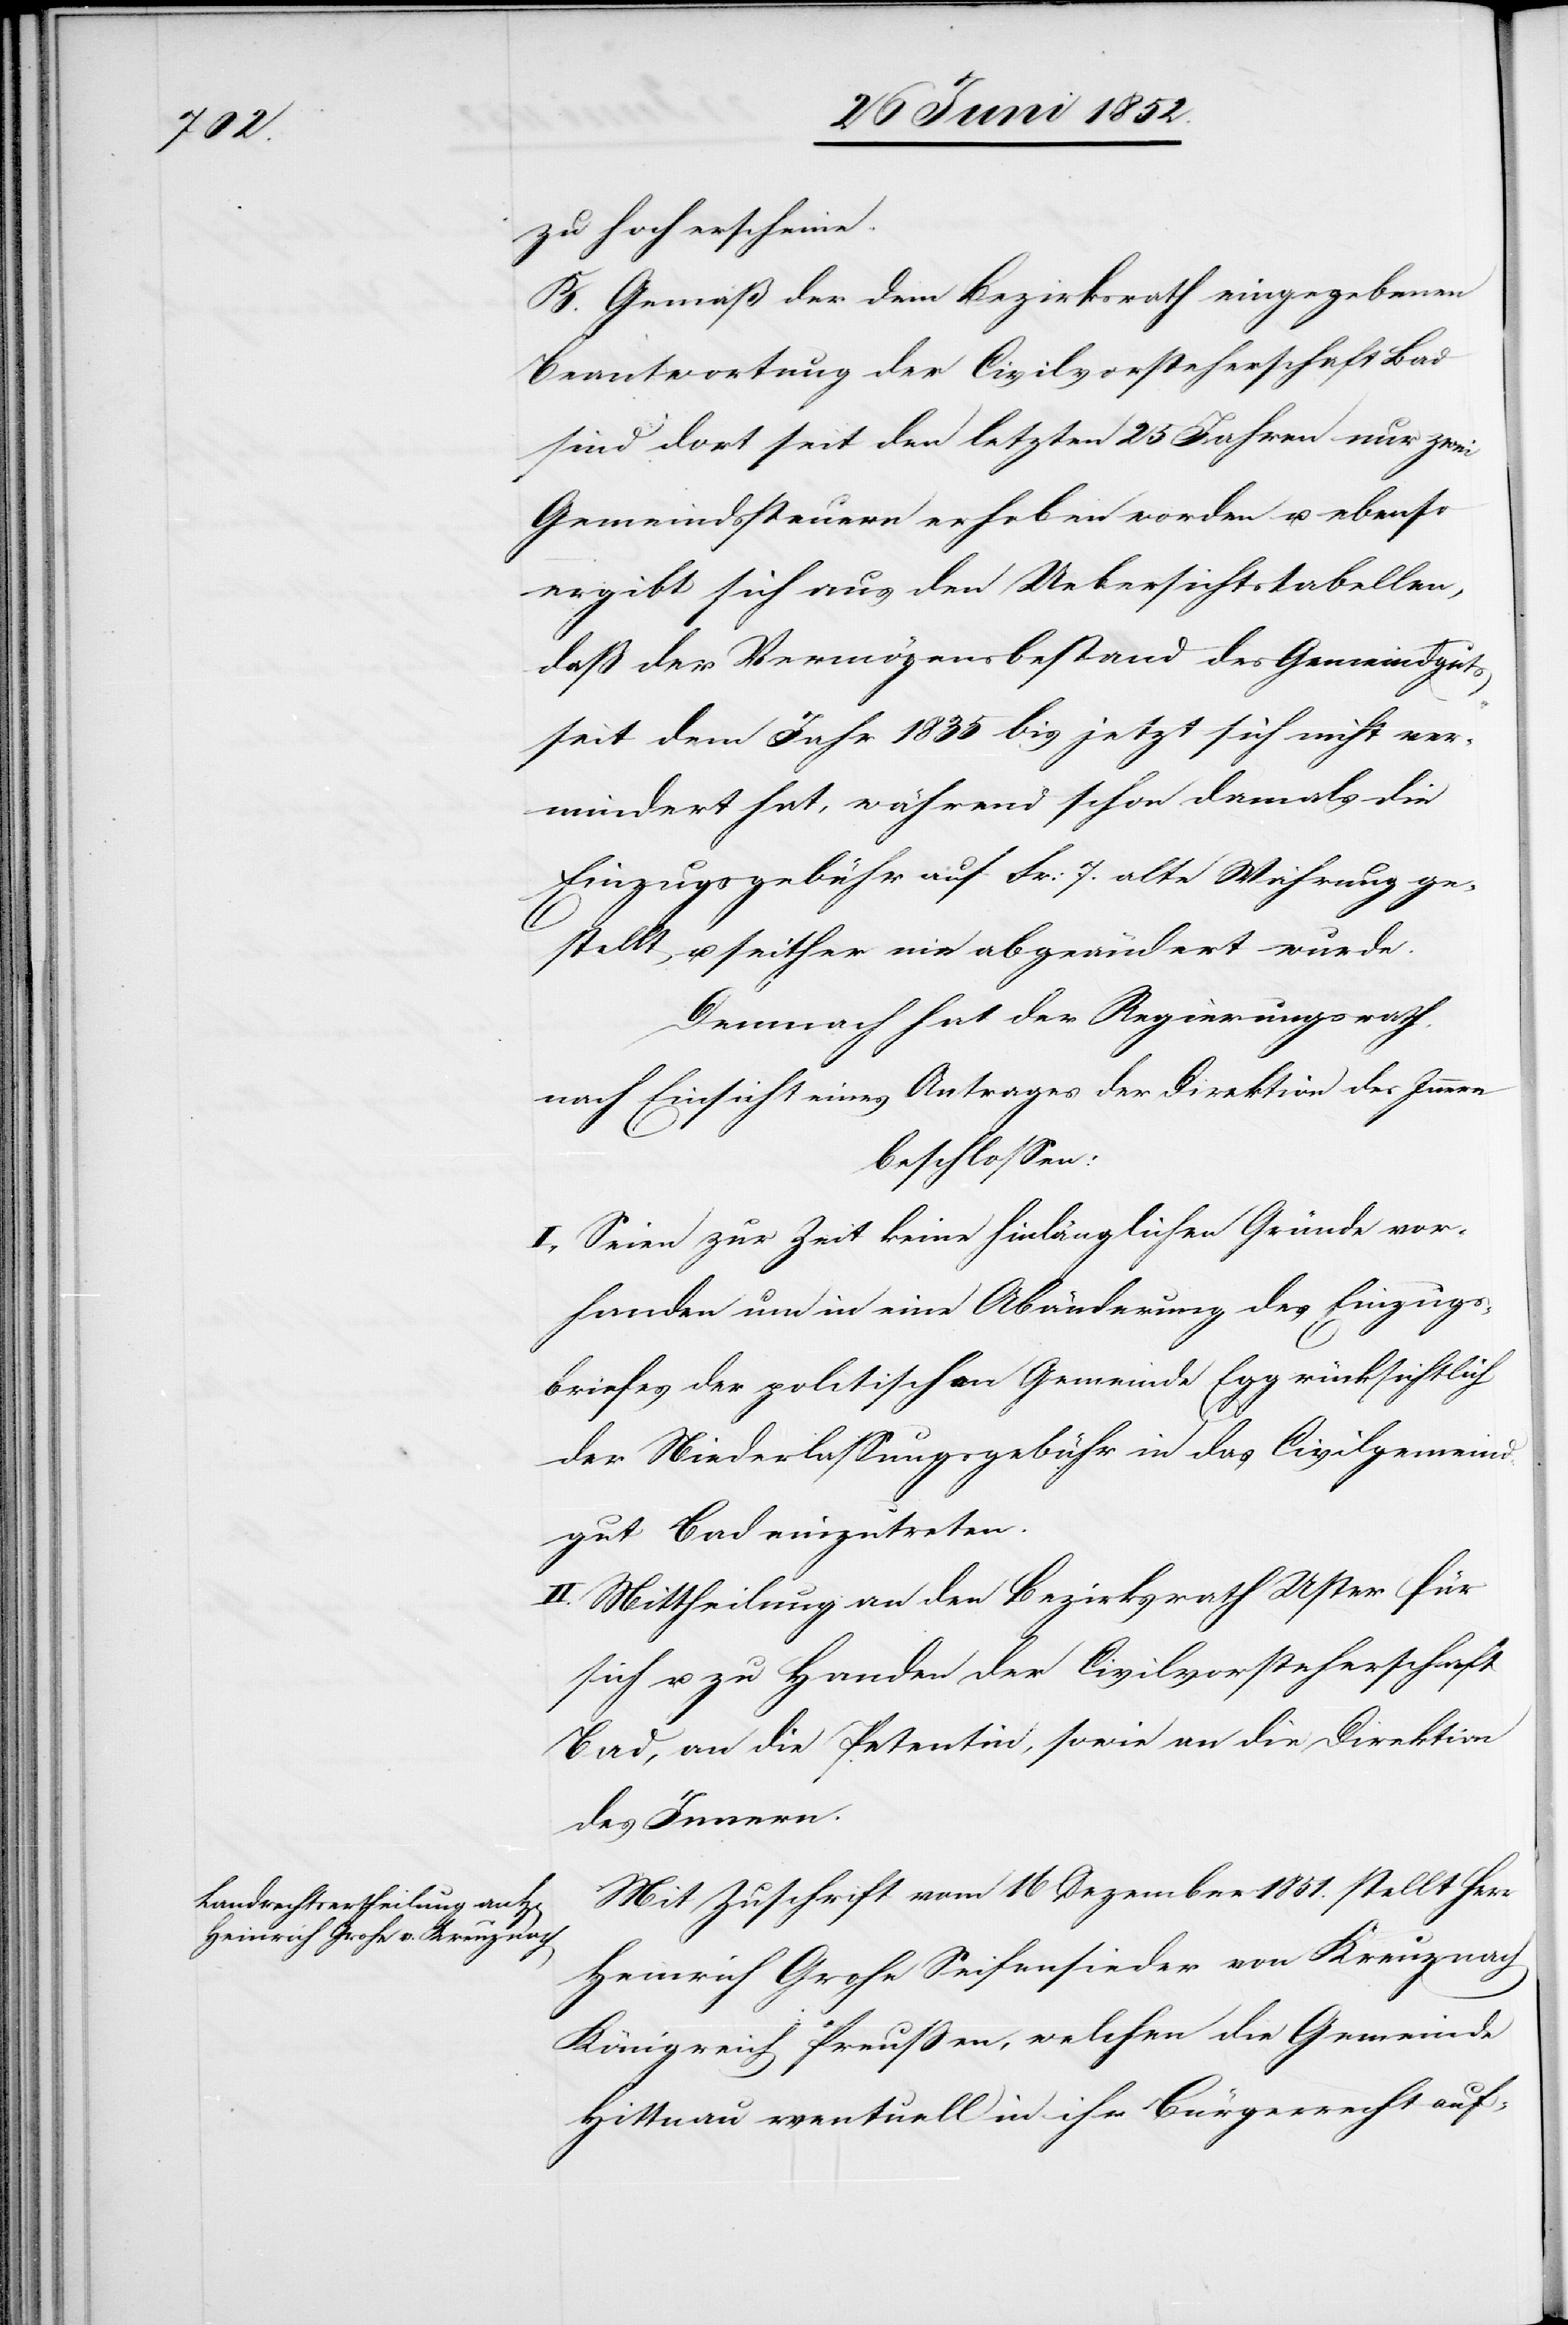
zu hoch erscheine.
B. Gemäß der dem Bezirksrath eingegebenen
Beantwortung der Civilvorsteherschaft Bad
sind dort seit den letzten 25 Jahren nur zwei
Gemeindssteuern erhoben worden u. ebenso
ergibt sich aus den Uebersichtstabellen,
daß der Vermögensbestand des Gemeindguts
seit dem Jahr 1835 bis jetzt sich nicht ver¬
mindert hat, während schon damals die
Einzugsgebühr auf Fr: 7. alte Währung ge¬
stellt u. seither nie abgeändert wurde.
Demnach hat der Regierungsrath,
nach Einsicht eines Antrages der Direktion des Innern
beschlossen:
I., Seien zur Zeit keine hinlänglichen Gründe vor¬
handen um in eine Abänderung des Einzugs¬
briefes der politischen Gemeinde Egg rücksichtlich
der Niederlassungsgebühr in das Civilgemeind¬
gut Bad einzutreten.
II. Mittheilung an den Bezirksrath Uster für
sich u. zu Handen der Civilvorsteherschaft
Bad, an die Petentin, sowie an die Direktion
des Innern.
Mit Zuschrift vom 16 Dezember 1851. stellt Herr
Heinrich Grohe Seifensieder von Kreuznach
Königreich Preussen, welchen die Gemeinde
Hittnau eventuell in ihr Bürgerrecht auf-